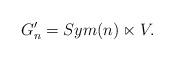
LaTeX: \begin{align*}G_n'=Sym(n)\ltimes V.\end{align*}